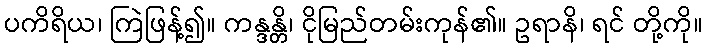
ပကိရိယ၊ ကြဲဖြန့်၍။ ကန္ဒန္တိ၊ ငိုမြည်တမ်းကုန်၏။ ဥရာနိ၊ ရင် တို့ကို။